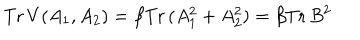
\mathrm { T r } \, V ( A _ { 1 } , A _ { 2 } ) = \beta \mathrm { T r } \, ( A _ { 1 } ^ { 2 } + A _ { 2 } ^ { 2 } ) = \beta \mathrm { T r } \, B ^ { 2 }